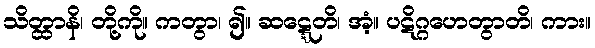
သိတ္ထာနိ၊ တို့ကို။ ကတွာ၊ ၍။ ဆဋ္ဋေတိ၊ အံ့။ ပဋိဂ္ဂဟေတွာတိ၊ ကား။